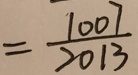
= \frac { 1 0 0 7 } { 2 0 1 3 }